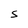
Character: S